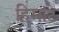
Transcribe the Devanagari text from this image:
हिमांटे